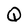
Character: Q